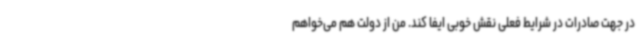
در جهت صادرات در شرایط فعلی نقش خوبی ایفا کند. من از دولت هم می‌خواهم